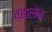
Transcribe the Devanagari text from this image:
व्हालेन